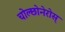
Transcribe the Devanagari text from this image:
चोल्छोनेरोस्